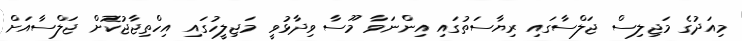
މިއަދުގެ މަޖިލިސް ޖަލްސާގައި ރިޔާސަތުގައި އިންނަވާ މޫސާ ވިދާޅުވީ މަޖިލީހުގައި އިހްތިޖާޖުކޮށް ޖަލްސާއަށް